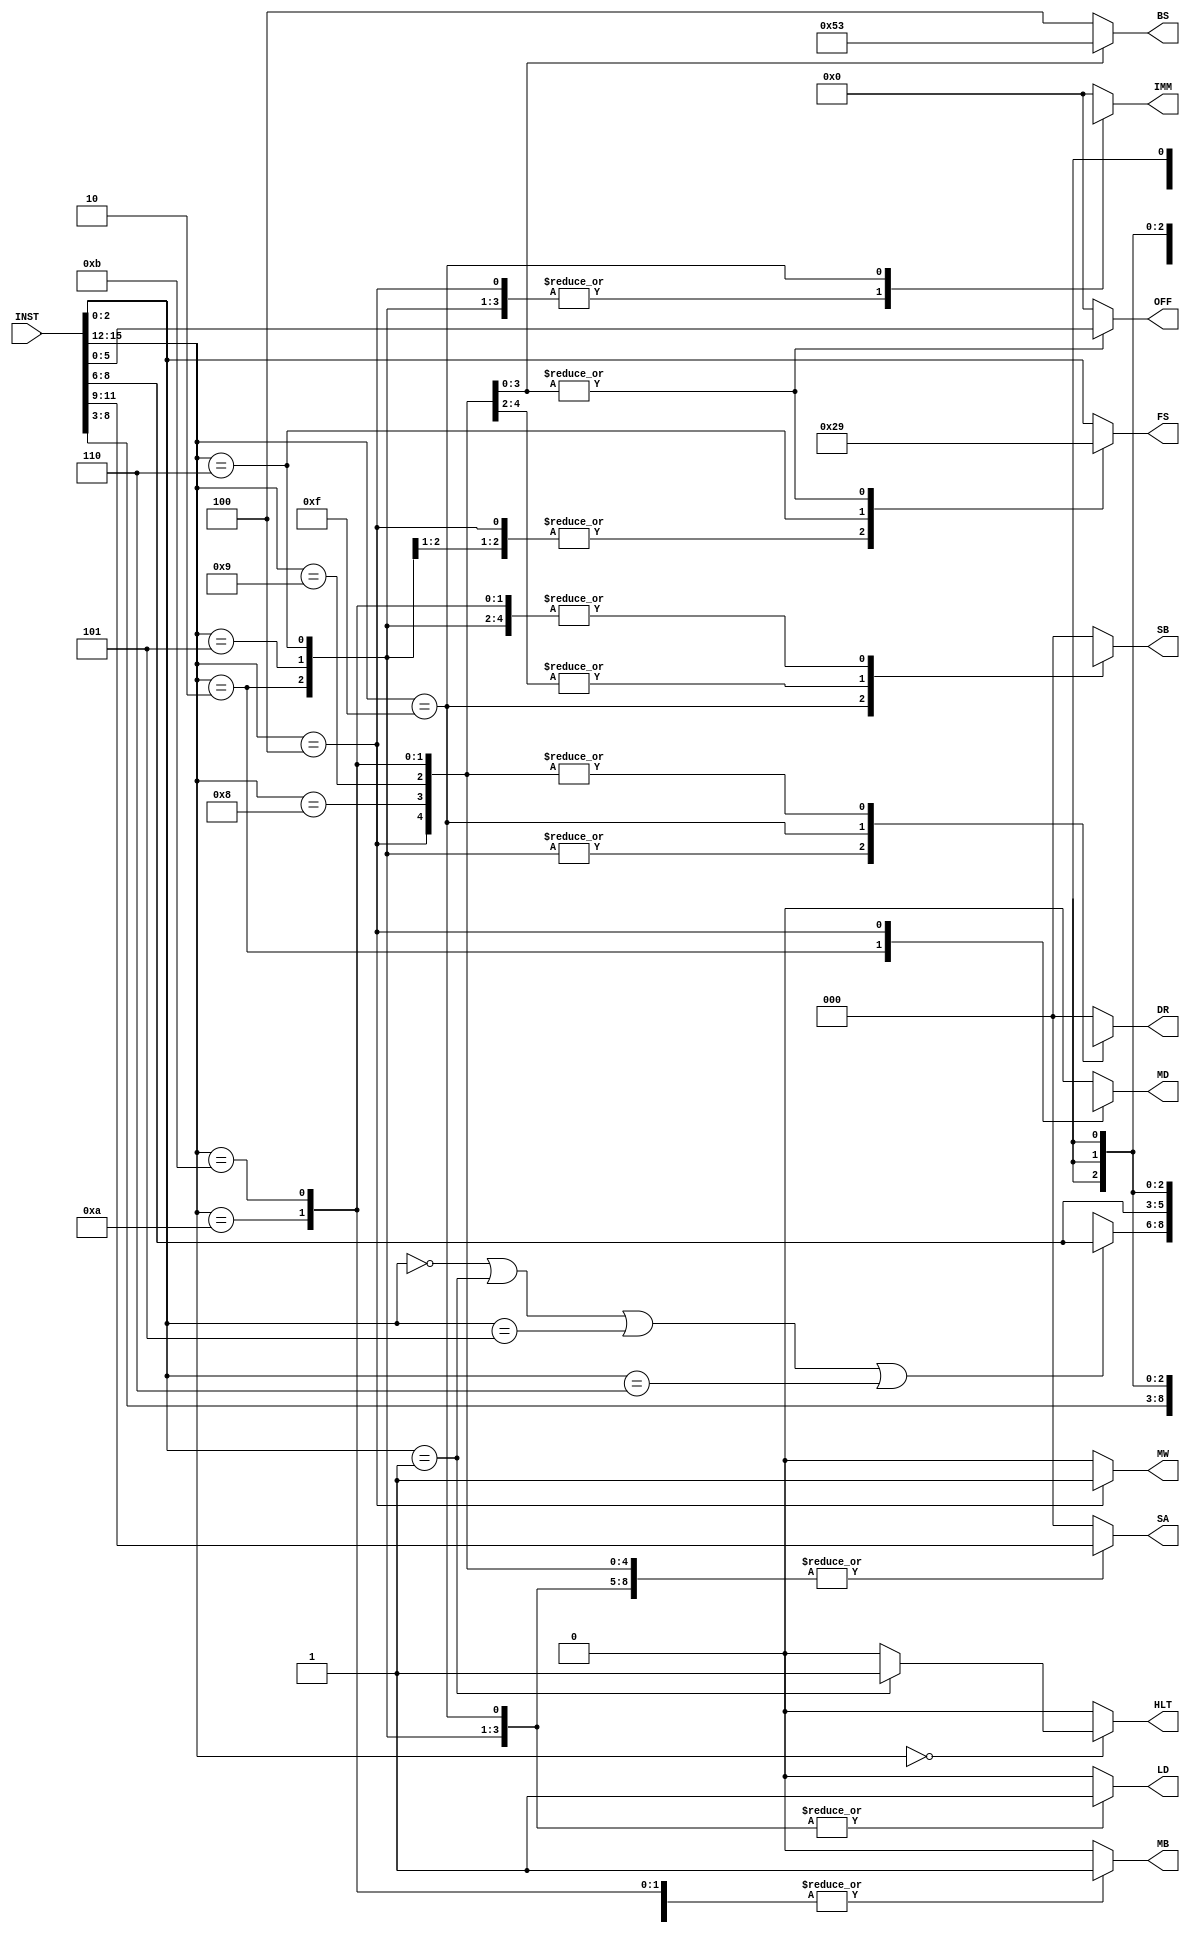
module decoder(INST, DR, SA, SB, IMM, MB, FS, MD, LD, MW, HLT, BS, OFF); // add outputs

input [15:0] INST;

/* ADD YOUR CODE BELOW THIS LINE */

// declare outputs

/* ADD YOUR CODE ABOVE THIS LINE */

// parse the instruction feilds
wire [3:0] OP;
wire [2:0] RS;
wire [2:0] RT;
wire [2:0] RD;
wire [2:0] FUNCT;
wire [5:0] IMM_INST;

assign OP = INST[15:12];
assign RS = INST[11:9];
assign RT = INST[8:6];
assign RD = INST[5:3];
assign FUNCT = INST[2:0];
assign IMM_INST = INST[5:0];

/* ADD YOUR CODE BELOW THIS LINE */

output reg [2:0] DR;
output reg [2:0] SA;
output reg [2:0] SB;
output reg [5:0] IMM;
output reg MB;
output reg [2:0] FS;
output reg MD;
output reg LD;
output reg MW;
output reg HLT;
output reg [2:0] BS;
output reg [5:0] OFF;

always @(*) begin
	case (OP)
	// implement decoder logic here
		4'b0000: begin 
			if (FUNCT == 3'b001) begin
			  DR = 3'b000; 
			  SA = 3'b000; 
			  SB = 3'b000; 
			  IMM = 6'b000000; 
			  MB = 1'b0; 
			  FS = FUNCT; 
			  MD = 1'b0; 
			  LD = 1'b0;
			  MW = 1'b0; 
			  HLT = 1'b1;
			  BS = 3'b100;
			  OFF = 6'b000000;
			end
			else begin
			  DR = 3'b000; 
			  SA = 3'b000; 
			  SB = 3'b000; 
			  IMM = 6'b000000; 
			  MB = 1'b0; 
			  FS = FUNCT; 
			  MD = 1'b0; 
			  LD = 1'b0;
			  MW = 1'b0;
			  HLT = 1'b0;
			  BS = 3'b100;
			  OFF = 6'b000000;
			end
		end
		4'b0010: begin 
		  DR = RT; 
		  SA = RS; 
		  SB = 3'bxxx; 
		  IMM = IMM_INST; 
		  MB = 1'b1; 
		  FS = 3'b000; 
		  MD = 1'b1; 
		  LD = 1'b1;
		  MW = 1'b0; 
		  HLT = 1'b0;
		  BS = 3'b100;
		  OFF = 6'b000000;
		end
		4'b0100: begin 
		  DR = 3'bxxx;  
		  SA = RS; 
		  SB = RT; 
		  IMM = IMM_INST; 
		  MB = 1'b1; 
		  FS = 3'b000; 
		  MD = 1'bx; 
		  LD = 1'b0;
		  MW = 1'b1; 
		  HLT = 1'b0;
		  BS = 3'b100;
		  OFF = 6'b000000;
		end
		4'b0101: begin 
		  DR = RT; 
		  SA = RS; 
		  SB = 3'bxxx; 
		  IMM = IMM_INST; 
		  MB = 1'b1; 
		  FS = 3'b000;
		  MD = 1'b0; 
		  LD = 1'b1;
		  MW = 1'b0; 
		  HLT = 1'b0;
		  BS = 3'b100;
		  OFF = 6'b000000;
		end
		4'b0110: begin 
		  DR = RT; 
		  SA = RS; 
		  SB = 3'bxxx; 
		  IMM = IMM_INST; 
		  MB = 1'b1; 
		  FS = 3'b101;
		  MD = 1'b0; 
		  LD = 1'b1;
		  MW = 1'b0; 
		  HLT = 1'b0;
		  BS = 3'b100;
		  OFF = 6'b000000;
		end
		4'b1111: begin 
			// When OP is 1111 DR, IMM, MD, LD, SA, and MW will be same values no matter what FUNCT
			DR = RD; 
			SA = RS;
			SB = (FUNCT == 3'b000 || FUNCT == 3'b001 || FUNCT == 3'b101 || FUNCT == 3'b110) ? RT : 3'bxxx;
			IMM = 6'bxxxxxx;
			MB = 1'b0; 
			FS = FUNCT; 
			MD = 1'b0; 
			LD = 1'b1;
			MW = 1'b0; 
			HLT = 1'b0;
		   BS = 3'b100;
		   OFF = 6'b000000;
		end
		4'b1000: begin // BEQ
		  DR = 3'bxxx; 
		  SA = RS; 
		  SB = RT; 
		  IMM = 6'b000000; 
		  MB = 1'b0; 
		  FS = 3'b001;
		  MD = 1'b0; 
		  LD = 1'b0;
		  MW = 1'b0; 
		  HLT = 1'b0;
		  BS = 3'b000;
		  OFF = IMM_INST;
		end
		4'b1001: begin // BNE
		  DR = 3'bxxx; 
		  SA = RS; 
		  SB = RT; 
		  IMM = 6'b000000; 
		  MB = 1'b0;
		  FS = 3'b001;
		  MD = 1'b0; 
		  LD = 1'b0;
		  MW = 1'b0; 
		  HLT = 1'b0;
		  BS = 3'b001;
		  OFF = IMM_INST;
		end
		4'b1010: begin // BGEZ
			DR = 3'bxxx; 
			SA = RS;
			SB = 3'bxxx;
			IMM = 6'b000000; 
			MB = 1'b1; 
			FS = 3'b001; 
			MD = 1'b0; 
			LD = 1'b0;
			MW = 1'b0; 
			HLT = 1'b0;
		   BS = 3'b010;
		   OFF = IMM_INST;
		end
		4'b1011: begin // BLTZ
		  DR = 3'bxxx; 
		  SA = RS; 
		  SB = 3'bxxx; 
		  IMM = 6'b000000; 
		  MB = 1'b1; 
		  FS = 3'b001; 
		  MD = 1'b0; 
		  LD = 1'b0;
		  MW = 1'b0; 
		  HLT = 1'b0;
		  BS = 3'b011;
		  OFF = IMM_INST;
		end
		default: begin /* NOP */ 
		  DR = 3'b000; 
		  SA = 3'b000; 
		  SB = 3'b000; 
		  IMM = 6'b000000; 
		  MB = 1'b0; 
		  FS = FUNCT; 
		  MD = 1'b0; 
		  LD = 1'b0;
		  MW = 1'b0; 
		  HLT = 1'b0;
		  BS = 3'b100;
		  OFF = 6'b000000;
		end
	endcase

end

/* ADD YOUR CODE ABOVE THIS LINE */

endmodule